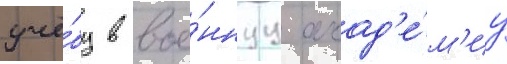
учё́бу в вое́ннуу акад'е́м'иу